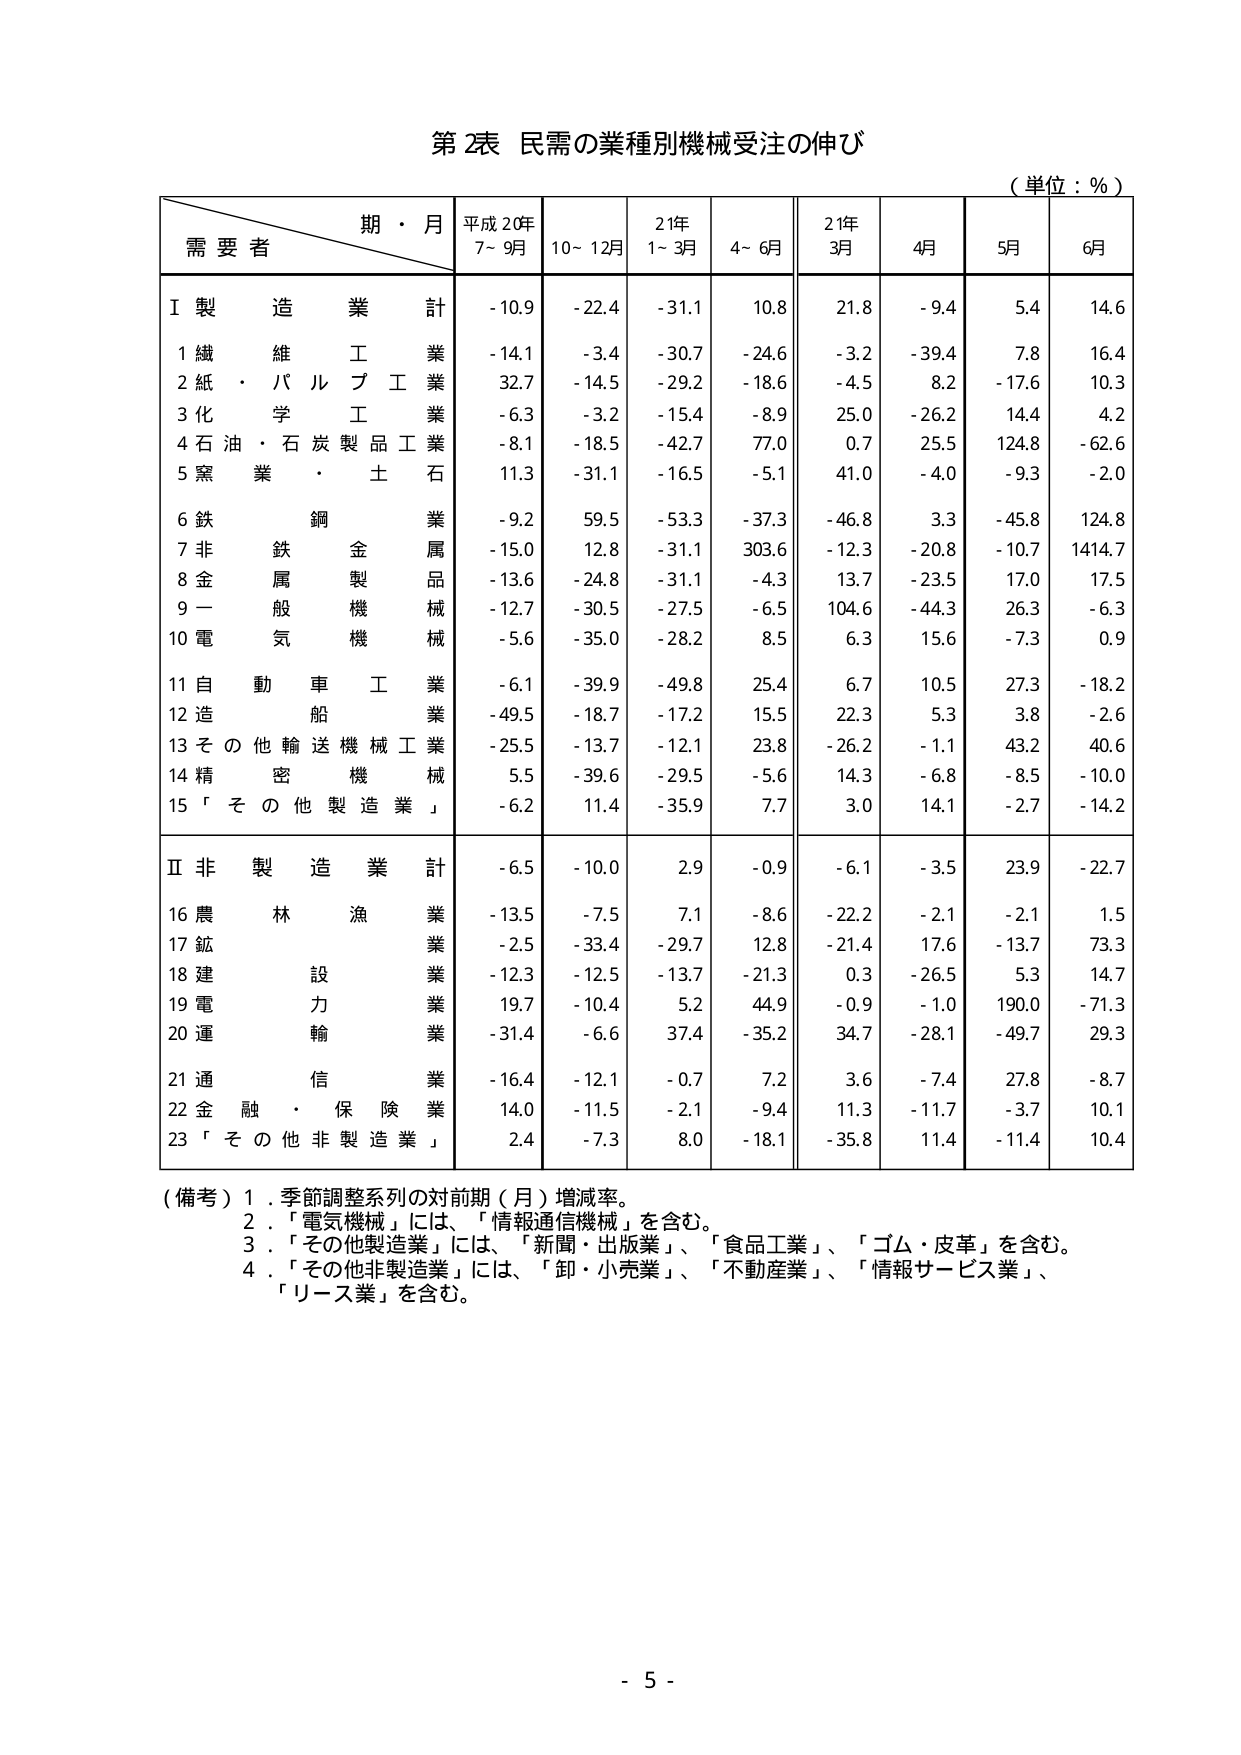
第2表 民需の業種別機械受注の伸び
（単位：％）

期・月
需要者
平成20年 7～9月
10～12月
21年 1～3月
4～6月
21年 3月
4月
5月
6月

Ⅰ 製造業計
-10.9
-22.4
-31.1
10.8
21.8
-9.4
5.4
14.6

1 繊維工業
-14.1
-3.4
-30.7
-24.6
-3.2
-39.4
7.8
16.4

2 紙・パルプ工業
32.7
-14.5
-29.2
-18.6
-4.5
8.2
-17.6
10.3

3 化学工業
-6.3
-3.2
-15.4
-8.9
25.0
-26.2
14.4
4.2

4 石油・石炭製品工業
-8.1
-18.5
-42.7
77.0
0.7
25.5
124.8
-62.6

5 窯業・土石
11.3
-31.1
-16.5
-5.1
41.0
-4.0
-9.3
-2.0

6 鉄鋼業
-9.2
59.5
-53.3
-37.3
-46.8
3.3
-45.8
124.8

7 非鉄金属業
-15.0
12.8
-31.1
303.6
-12.3
-20.8
-10.7
1414.7

8 金属製品業
-13.6
-24.8
-31.1
-4.3
13.7
-23.5
17.0
17.5

9 一般機械
-12.7
-30.5
-27.5
-6.5
104.6
-44.3
26.3
-6.3

10 電気機械
-5.6
-35.0
-28.2
8.5
6.3
15.6
-7.3
0.9

11 自動車工業
-6.1
-39.9
-49.8
25.4
6.7
10.5
27.3
-18.2

12 造船業
-49.5
-18.7
-17.2
15.5
22.3
5.3
3.8
-2.6

13 その他輸送機械工業
-25.5
-13.7
-12.1
23.8
-26.2
-1.1
43.2
40.6

14 精密機械
5.5
-39.6
-29.5
-5.6
14.3
-6.8
-8.5
-10.0

15 「その他製造業」
-6.2
11.4
-35.9
7.7
3.0
14.1
-2.7
-14.2

Ⅱ 非製造業計
-6.5
-10.0
2.9
-0.9
-6.1
-3.5
23.9
-22.7

16 農林漁業
-13.5
-7.5
7.1
-8.6
-22.2
-2.1
-2.1
1.5

17 鉱業
-2.5
-33.4
-29.7
12.8
-21.4
17.6
-13.7
73.3

18 建設業
-12.3
-12.5
-13.7
-21.3
0.3
-26.5
5.3
14.7

19 電力業
19.7
-10.4
5.2
44.9
-0.9
-1.0
190.0
-71.3

20 運輸業
-31.4
-6.6
37.4
-35.2
34.7
-28.1
-49.7
29.3

21 通信業
-16.4
-12.1
-0.7
7.2
3.6
-7.4
27.8
-8.7

22 金融・保険業
14.0
-11.5
-2.1
-9.4
11.3
-11.7
-3.7
10.1

23 「その他非製造業」
2.4
-7.3
8.0
-18.1
-35.8
11.4
-11.4
10.4

（備考）
1．季節調整系列の対前期（月）増減率。
2．「電気機械」には、「情報通信機械」を含む。
3．「その他製造業」には、「新聞・出版業」、「食品工業」、「ゴム・皮革」を含む。
4．「その他非製造業」には、「卸・小売業」、「不動産業」、「情報サービス業」、「リース業」を含む。

- 5 -